Madras plague regulations in force outside the Presidency town - Volume 3
Disease focus: Plague
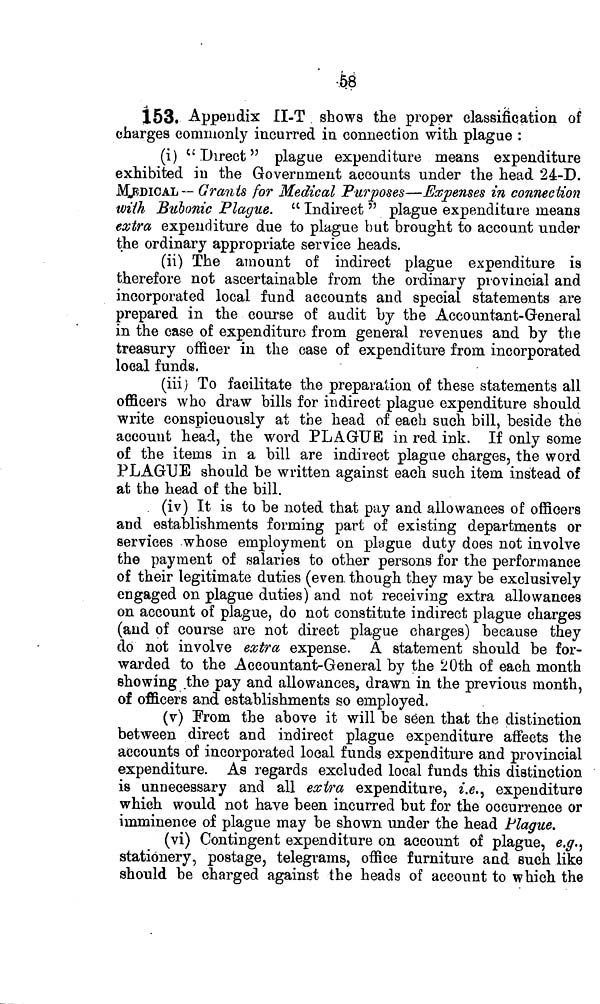
-.58
153. Appendix II-T . shows the proper classification of
charges commonly incurred in connection with plague :
(i) u Direct " plague expenditure means expenditure
exhibited in the Government accounts under the head 24-D.
MEDICAL — Grants for Medical Purposes—Expenses in connection
wiih Bubonic Plague. " Indirect " plague expenditure means
extra expenditure due to plague but brought to account under
the ordinary appropriate service heads.
(ii) The amount of indirect plague expenditure is
therefore not ascertainable from the ordinary provincial and
incorporated local fund accounts and special statements are
prepared in the course of audit by the Accountant-General
in the case of expenditure from general revenues and by the
treasury officer in the case of expenditure from incorporated
local funds.
(iii) To facilitate the preparation of these statements all
officers who draw bills for indirect plague expenditure should
write conspicuously at the head of each such bill, beside the
account head, the word PLAGUE in red ink. If only some
of the items in a bill are indirect plague charges, the word
PLAGUE should be written against each such item instead of
at the head of the bill.
(iv) It is to be noted that pay and allowances of officers
and establishments forming part of existing departments or
services whose employment on plague duty does not involve
the payment of salaries to other persons for the performance
of their legitimate duties (even though they may be exclusively
engaged on plague duties) and not receiving extra allowances
on account of plague, do not constitute indirect plague charges
(and of course are not direct plague charges) because they
do not involve extra expense. A statement should be for-
warded to the Accountant-General by the 20th of each month
showing .the pay and allowances, drawn in the previous month,
of officers and establishments so employed.
(v) Prom the above it will be seen that the distinction
between direct and indirect plague expenditure affects the
accounts of incorporated local funds expenditure and provincial
expenditure. As regards excluded local funds this distinction
is unnecessary and all extra expenditure, i.e., expenditure
which would not have been incurred but for the occurrence or
imminence of plague may be shown under the head Plague.
(vi) Contingent expenditure on account of plague, e.g.ŝ
tationery, postage, telegrams, office furniture and such like
should be charged against the heads of account to which the